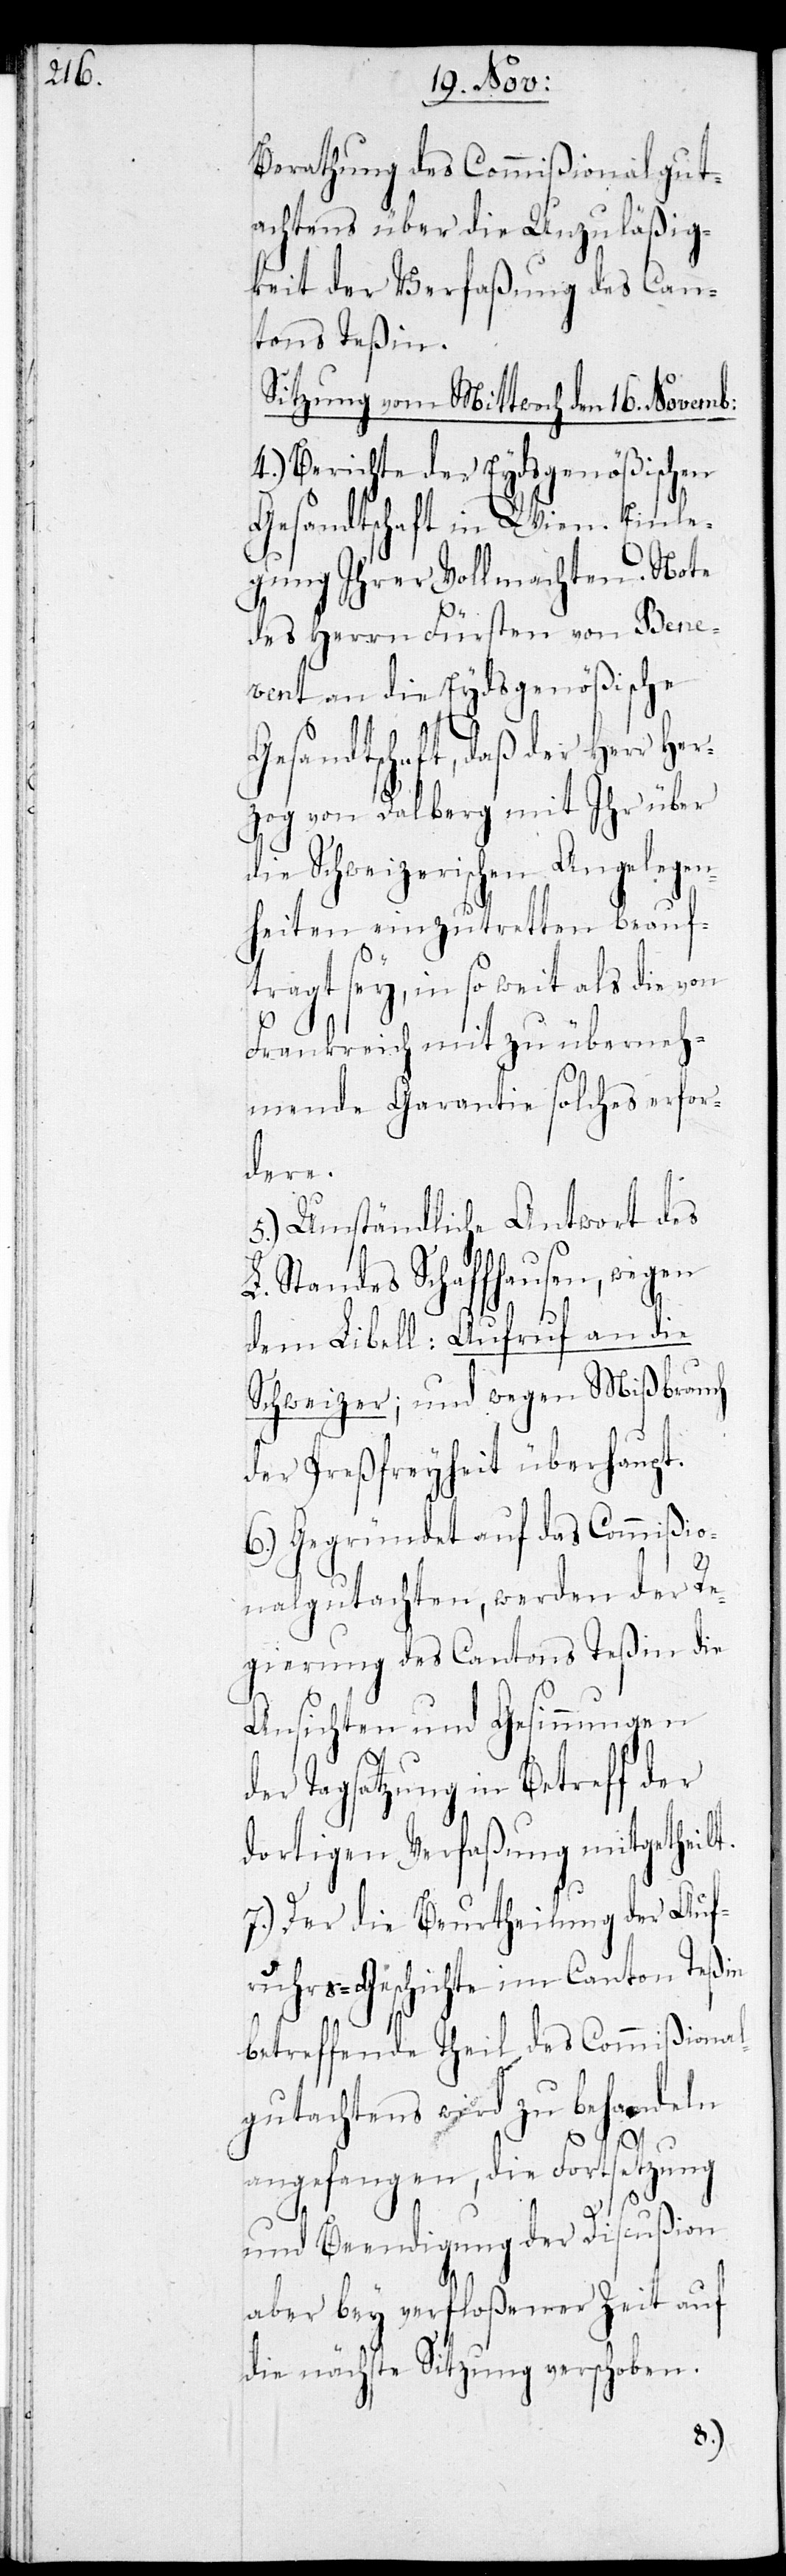
Berathung des Commißionalgut¬
achtens über die Unzuläßig¬
keit der Verfaßung des Can¬
tons Teßin.
Sitzung vom Mittwoch den 16. Novemb:
4.) Berichte der Eydsgenößischen
Gesandtschaft in Wien. Einle¬
gung ihrer Vollmachten. Note
des Herrn Fürsten von Bene¬
vent an die Eydsgenößische
Gesandtschaft, daß der Herr He¬
rzog von Dalberg mit Ihr über
die Schweizerischen Angelegen¬
heiten einzutretten beauf¬
tragt sey, in so weit als die von
Frankreich mit zu überneh¬
mende Garantie solches erfor¬
dere.
5.) Umständliche Antwort des
L. Standes Schaffhausen, wegen
dem Libell: Aufruf an die
Schweizer; und wegen Mißbrauch
der Preßfreyheit überhaupt.
6.) Gegründet auf das Commißio¬
nalgutachten, werden der Re¬
gierung des Cantons Teßin die
Ansichten und Gesinnungen
der Tagsatzung in Betreff der
dortigen Verfaßung mitgetheilt.
7.) Der die Beurtheilung der Auf¬
ruhrs-Geschichte im Canton Teßin
betreffende Theil des Commißional¬
gutachtens wird zu behandeln
angefangen, die Fortsetzung
und Beendigung der Discußion
aber bey verfloßener Zeit auf
die nächste Sitzung verschoben.